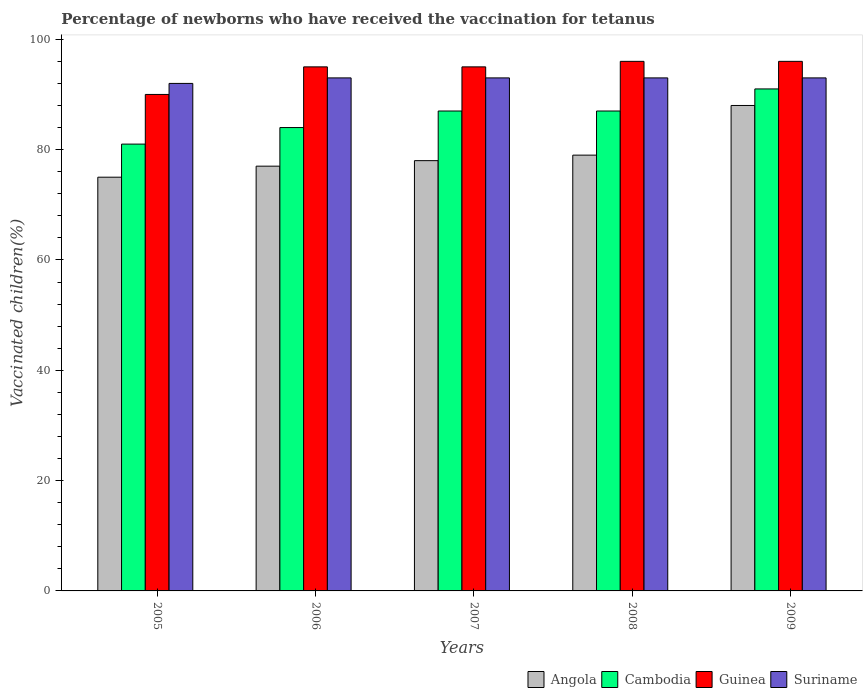
| Years | Angola | Cambodia | Guinea | Suriname |
 | --- | --- | --- | --- | --- |
 | 2005 | 75 | 81 | 90 | 92 |
 | 2006 | 77 | 84 | 95 | 93 |
 | 2007 | 78 | 87 | 95 | 93 |
 | 2008 | 79 | 87 | 96 | 93 |
 | 2009 | 88 | 91 | 96 | 93 |